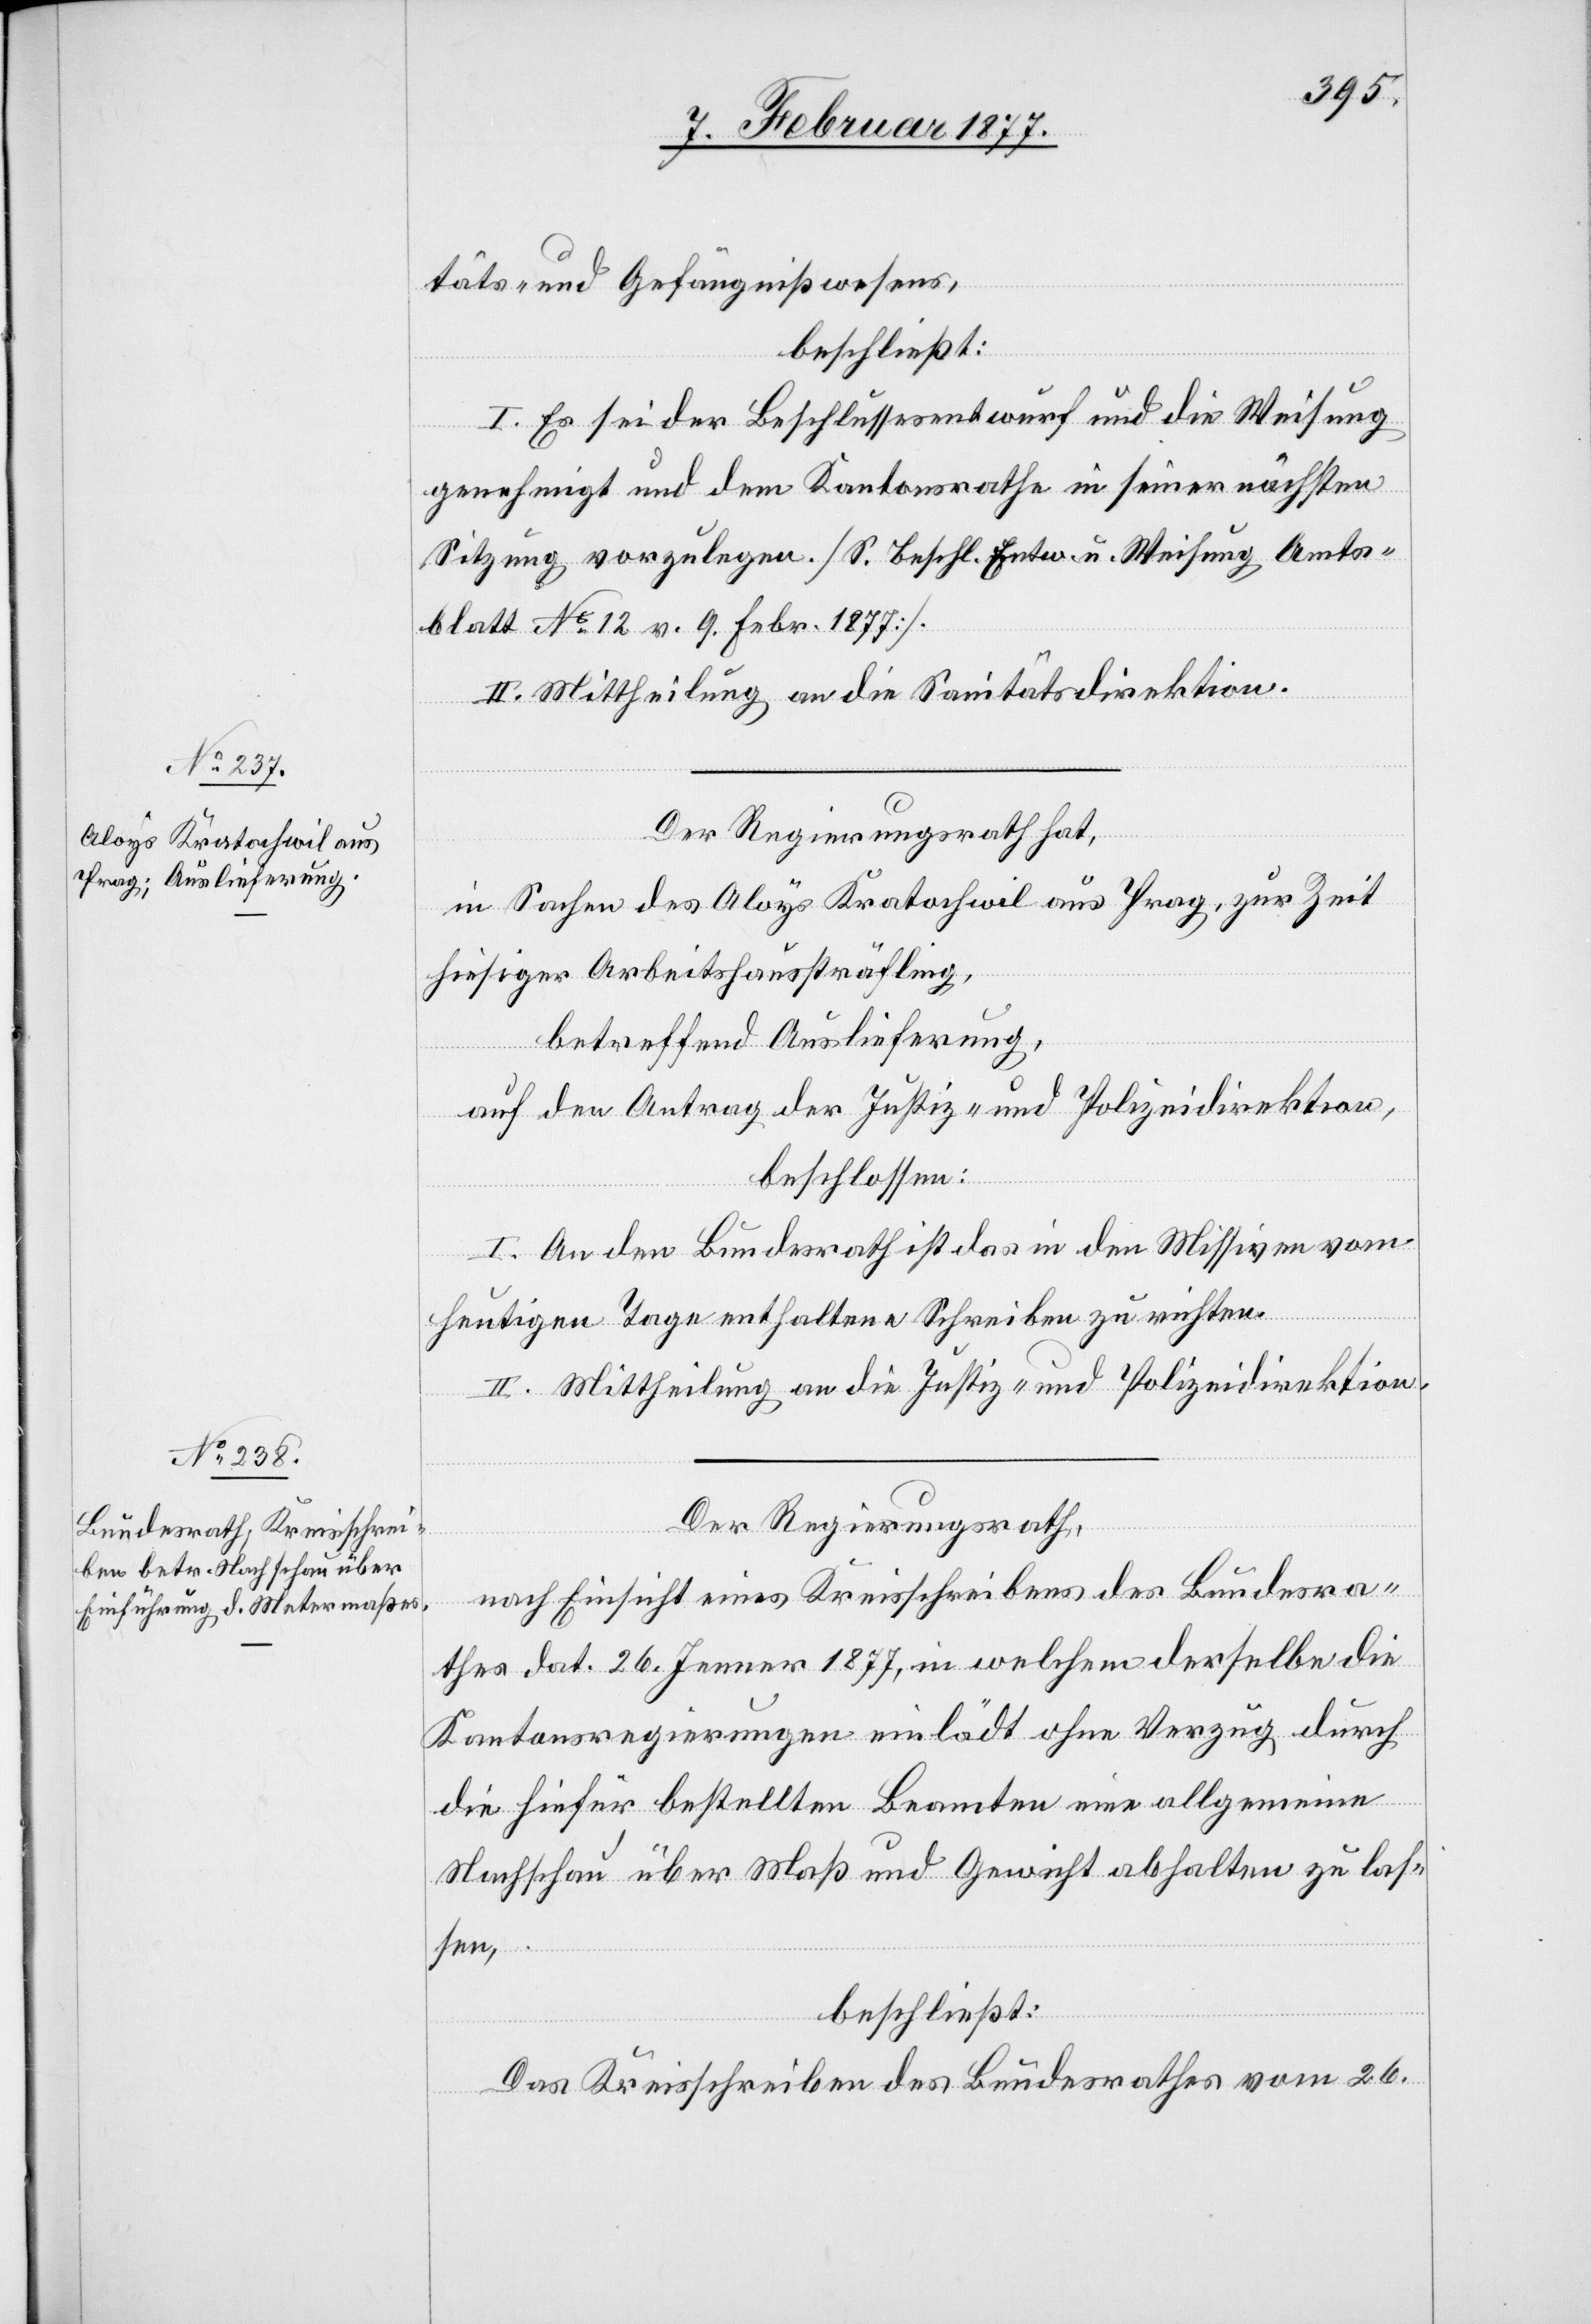
täts- und Gefängnißwesens,
beschließt:
I. Es sei der Beschlussesentwurf und die Weisung
genehmigt und dem Kantonsrathe in seiner nächsten
Sitzung vorzulegen. [S. Beschl. Entw. u. Weisung Amts¬
blatt No 12 v. 9. Febr. 1877]
II. Mittheilung an die Sanitätsdirektion.
Der Regierungsrath hat,
in Sachen des Aloys Kratochwil aus Prag, zur Zeit
hiesiger Arbeitshaussträfling,
betreffend Auslieferung,
auf den Antrag der Justiz- und Polizeidirektion,
beschlossen:
I. An den Bundesrath ist das in den Missiven vom
heutigen Tage enthaltene Schreiben zu richten.
II. Mittheilung an die Justiz- und Polizeidirektion.
Der Regierungsrath,
nach Einsicht eines Kreisschreibens des Bundesra¬
thes dat. 26. Jenner 1877, in welchem derselbe die
Kantonsregierungen einlädt ohne Verzug durch
die hiefür bestellten Beamten eine allgemeine
Nachschau über Maß und Gewicht abhalten zu las¬
sen,
beschließt:
Das Kreisschreiben des Bundesrathes vom 26.